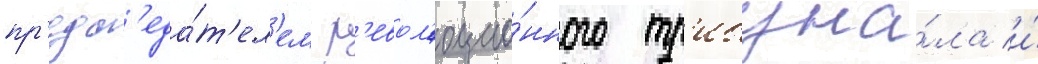
пр'едс'еда́т'ел'ем р'евол'юцио́нного тр'ибуна́ла и́